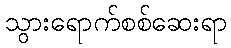
သွားရောက်စစ်ဆေးရာ